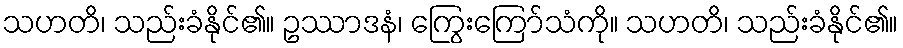
သဟတိ၊ သည်းခံနိုင်၏။ ဥဿာဒနံ၊ ကြွေးကြော်သံကို။ သဟတိ၊ သည်းခံနိုင်၏။